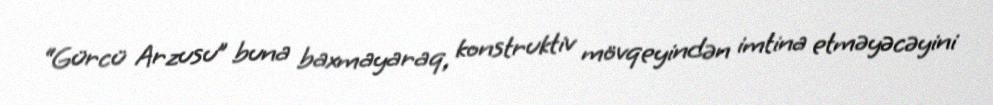
“Gürcü Arzusu” buna baxmayaraq, konstruktiv mövqeyindən imtina etməyəcəyini